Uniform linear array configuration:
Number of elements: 64
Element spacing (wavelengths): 0.75
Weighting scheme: binomial
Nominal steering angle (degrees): -30
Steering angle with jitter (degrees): -31.81
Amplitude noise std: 0.05
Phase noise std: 0.05

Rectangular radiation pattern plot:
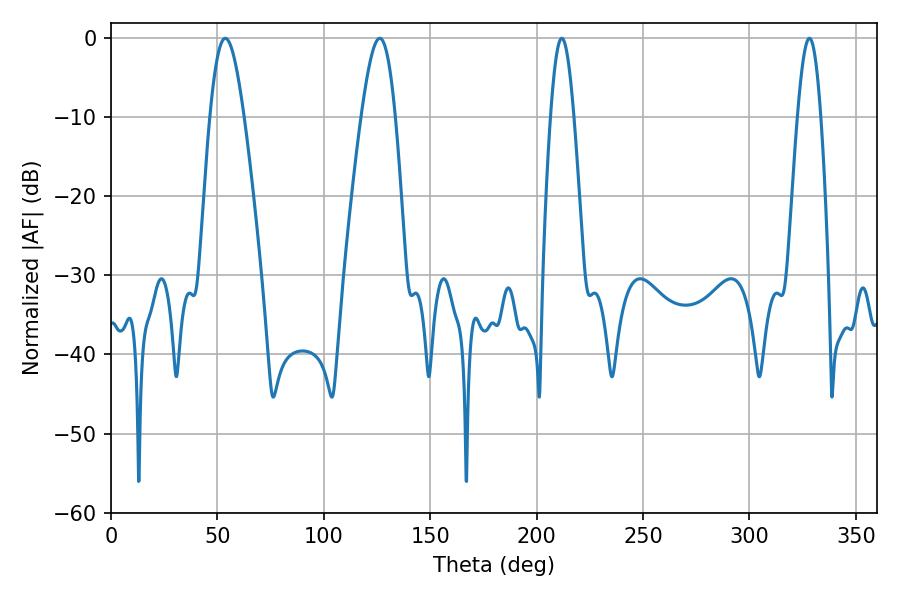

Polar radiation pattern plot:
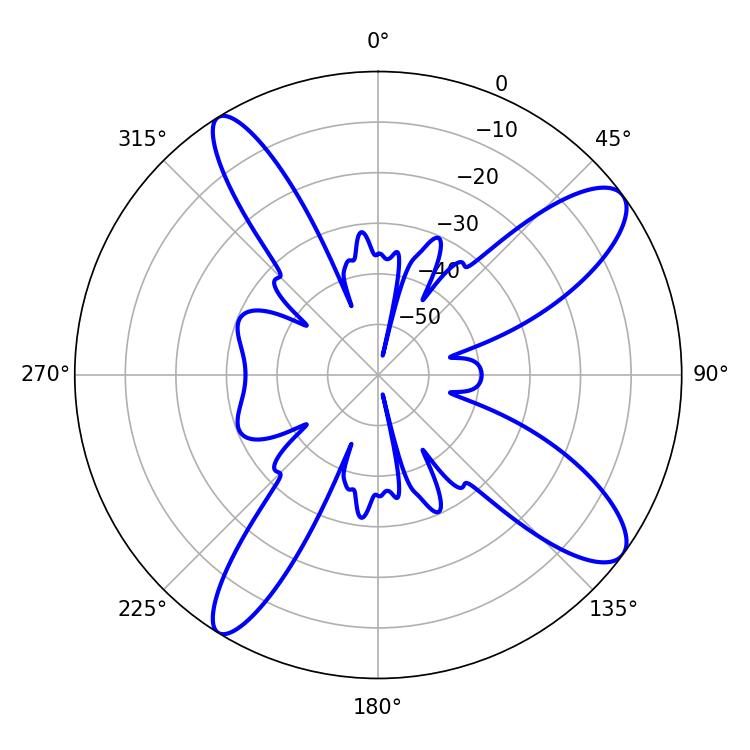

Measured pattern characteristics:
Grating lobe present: TRUE
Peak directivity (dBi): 11.383
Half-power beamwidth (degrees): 5.76
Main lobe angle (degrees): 211.86